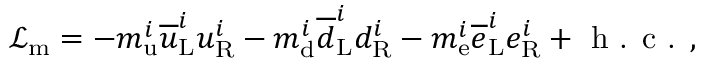
{ \mathcal { L } } _ { \mathrm { m } } = - m _ { \mathrm { u } } ^ { i } { \overline { { u } } } _ { \mathrm { L } } ^ { i } u _ { \mathrm { R } } ^ { i } - m _ { \mathrm { d } } ^ { i } { \overline { { d } } } _ { \mathrm { L } } ^ { i } d _ { \mathrm { R } } ^ { i } - m _ { \mathrm { e } } ^ { i } { \overline { { e } } } _ { \mathrm { L } } ^ { i } e _ { \mathrm { R } } ^ { i } + { \textrm { h . c . } } ,